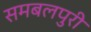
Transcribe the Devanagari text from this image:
समबलपुरी